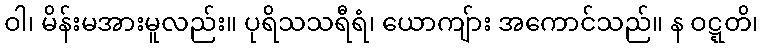
ဝါ၊ မိန်းမအားမူလည်း။ ပုရိသသရီရံ၊ ယောကျ်ား အကောင်သည်။ န ဝဋ္ဋတိ၊